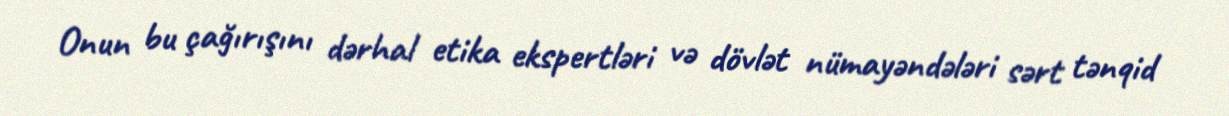
Onun bu çağırışını dərhal etika ekspertləri və dövlət nümayəndələri sərt tənqid